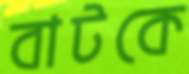
বাটকে